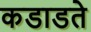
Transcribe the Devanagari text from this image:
कडाडते